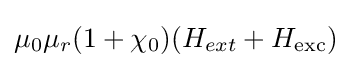
\mu _{0}\mu _{r}(1+\chi _{0})(H_{ext}+H_{\text{exc}})